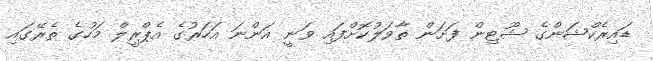
ޑައިރެކްޝަންގެ ޝޫޓިން ފަށަން ތާވަލުކޮށްފައި ވަނީ އަންނަ އަހަރުގެ އެޕްރީލް މަހުގެ ތެރޭގައި